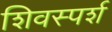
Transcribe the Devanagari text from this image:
शिवस्पर्श